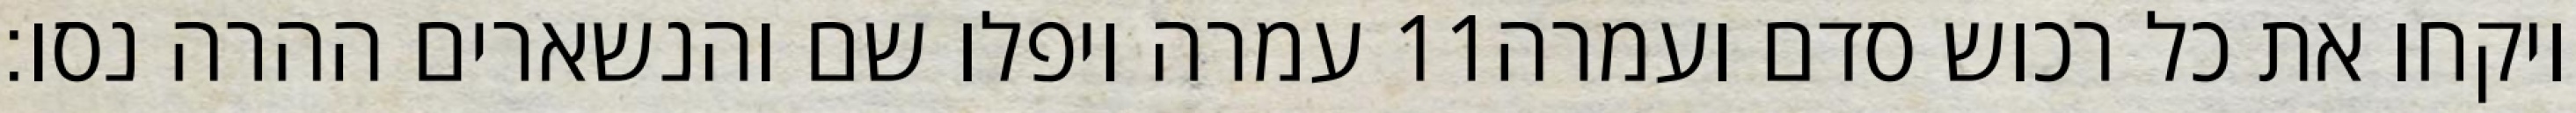
עמרה ויפלו שם והנשארים ההרה נסו׃ ‎11‏ ויקחו את כל רכוש סדם ועמרה